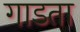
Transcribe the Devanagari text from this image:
गाडता